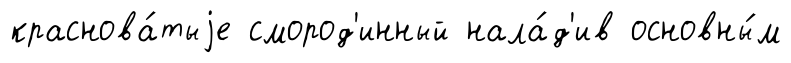
краснова́тыjе смород'инный нала́д'ив основны́м